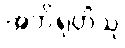
အဘိရုဟိံသု